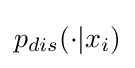
p_{dis}(\cdot |x_{i})